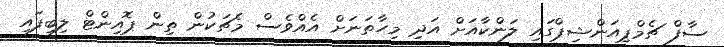
ސާފް ޗެމްޕިއަންޝިޕްގައި ލަންކާއަށް އަދި މިހާތަނަށް އެއްވެސް މެޗަކުން ތިން ޕޮއިންޓް ލިބިފައި